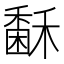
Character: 𥢖